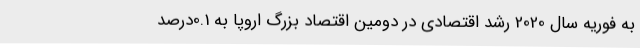
به فوریه سال 2020 رشد اقتصادی در دومین اقتصاد بزرگ اروپا به 0.1درصد